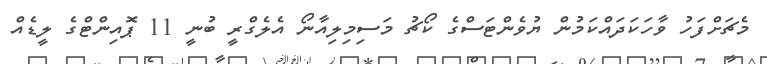
މެޗަށްފަހު ވާހަކަދައްކަމުން ޔުވެންޓަސްގެ ކޯޗު މަސިމިލިއާނޯ އެލެގްރީ ބުނީ 11 ޕޮއިންޓްގެ ލީޑެއް